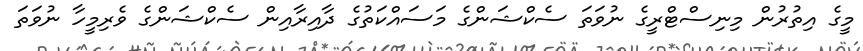
މީގެ އިތުރުން މިނިސްޓްރީގެ ނުވަތަ ސެކްޝަންގެ މަސައްކަތުގެ ދާއިރާއިން ސެކްޝަންގެ ވެރިމީހާ ނުވަތަ